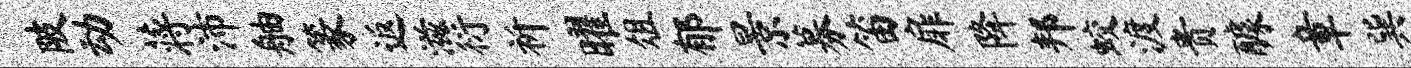
陂动蒋沛舳篆返滋衍祈曜俎郁景募笛扉降邦蛟渡贵醵章巽